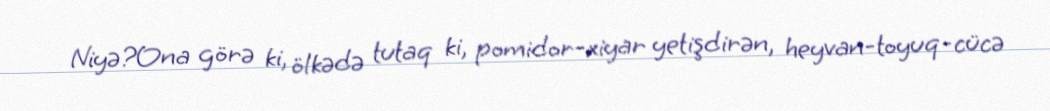
Niyə?Ona görə ki, ölkədə tutaq ki, pomidor-xiyar yetişdirən, heyvan-toyuq-cücə